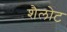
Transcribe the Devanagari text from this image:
शैलोट